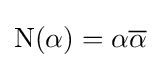
\mathrm {N} (\alpha )=\alpha {\overline {\alpha }}